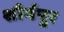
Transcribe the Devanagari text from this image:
शौर्यपुर